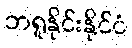
ဘရူနိုင်းနိုင်ငံ